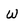
Character: W